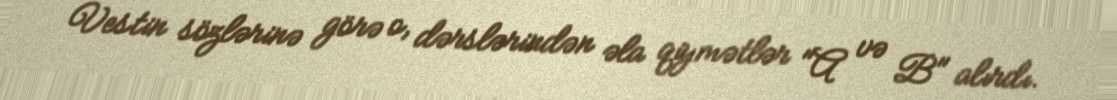
Vestin sözlərinə görə o, dərslərindən əla qiymətlər "A və B" alırdı.